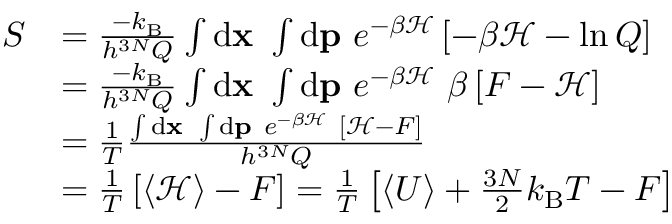
\begin{array} { r l } { S } & { = \frac { - \ensuremath { k _ { \mathrm { B } } } } { h ^ { 3 N } Q } \int \ensuremath { \mathrm { d } } \ensuremath { \mathbf { x } } \ \int \ensuremath { \mathrm { d } } \ensuremath { \mathbf { p } } \ e ^ { - \beta \mathcal { H } } \left[ - \beta \mathcal { H } - \ln Q \right] } \\ & { = \frac { - \ensuremath { k _ { \mathrm { B } } } } { h ^ { 3 N } Q } \int \ensuremath { \mathrm { d } } \ensuremath { \mathbf { x } } \ \int \ensuremath { \mathrm { d } } \ensuremath { \mathbf { p } } \ e ^ { - \beta \mathcal { H } } \ \beta \left[ F - \mathcal { H } \right] } \\ & { = \frac { 1 } { T } \frac { \int \ensuremath { \mathrm { d } } \ensuremath { \mathbf { x } } \ \int \ensuremath { \mathrm { d } } \ensuremath { \mathbf { p } } \ e ^ { - \beta \mathcal { H } } \ \left[ \mathcal { H } - F \right] } { h ^ { 3 N } Q } } \\ & { = \frac { 1 } { T } \left[ \left< \mathcal { H } \right> - F \right] = \frac { 1 } { T } \left[ \left< U \right> + \frac { 3 N } { 2 } k _ { \mathrm { B } } T - F \right] } \end{array}